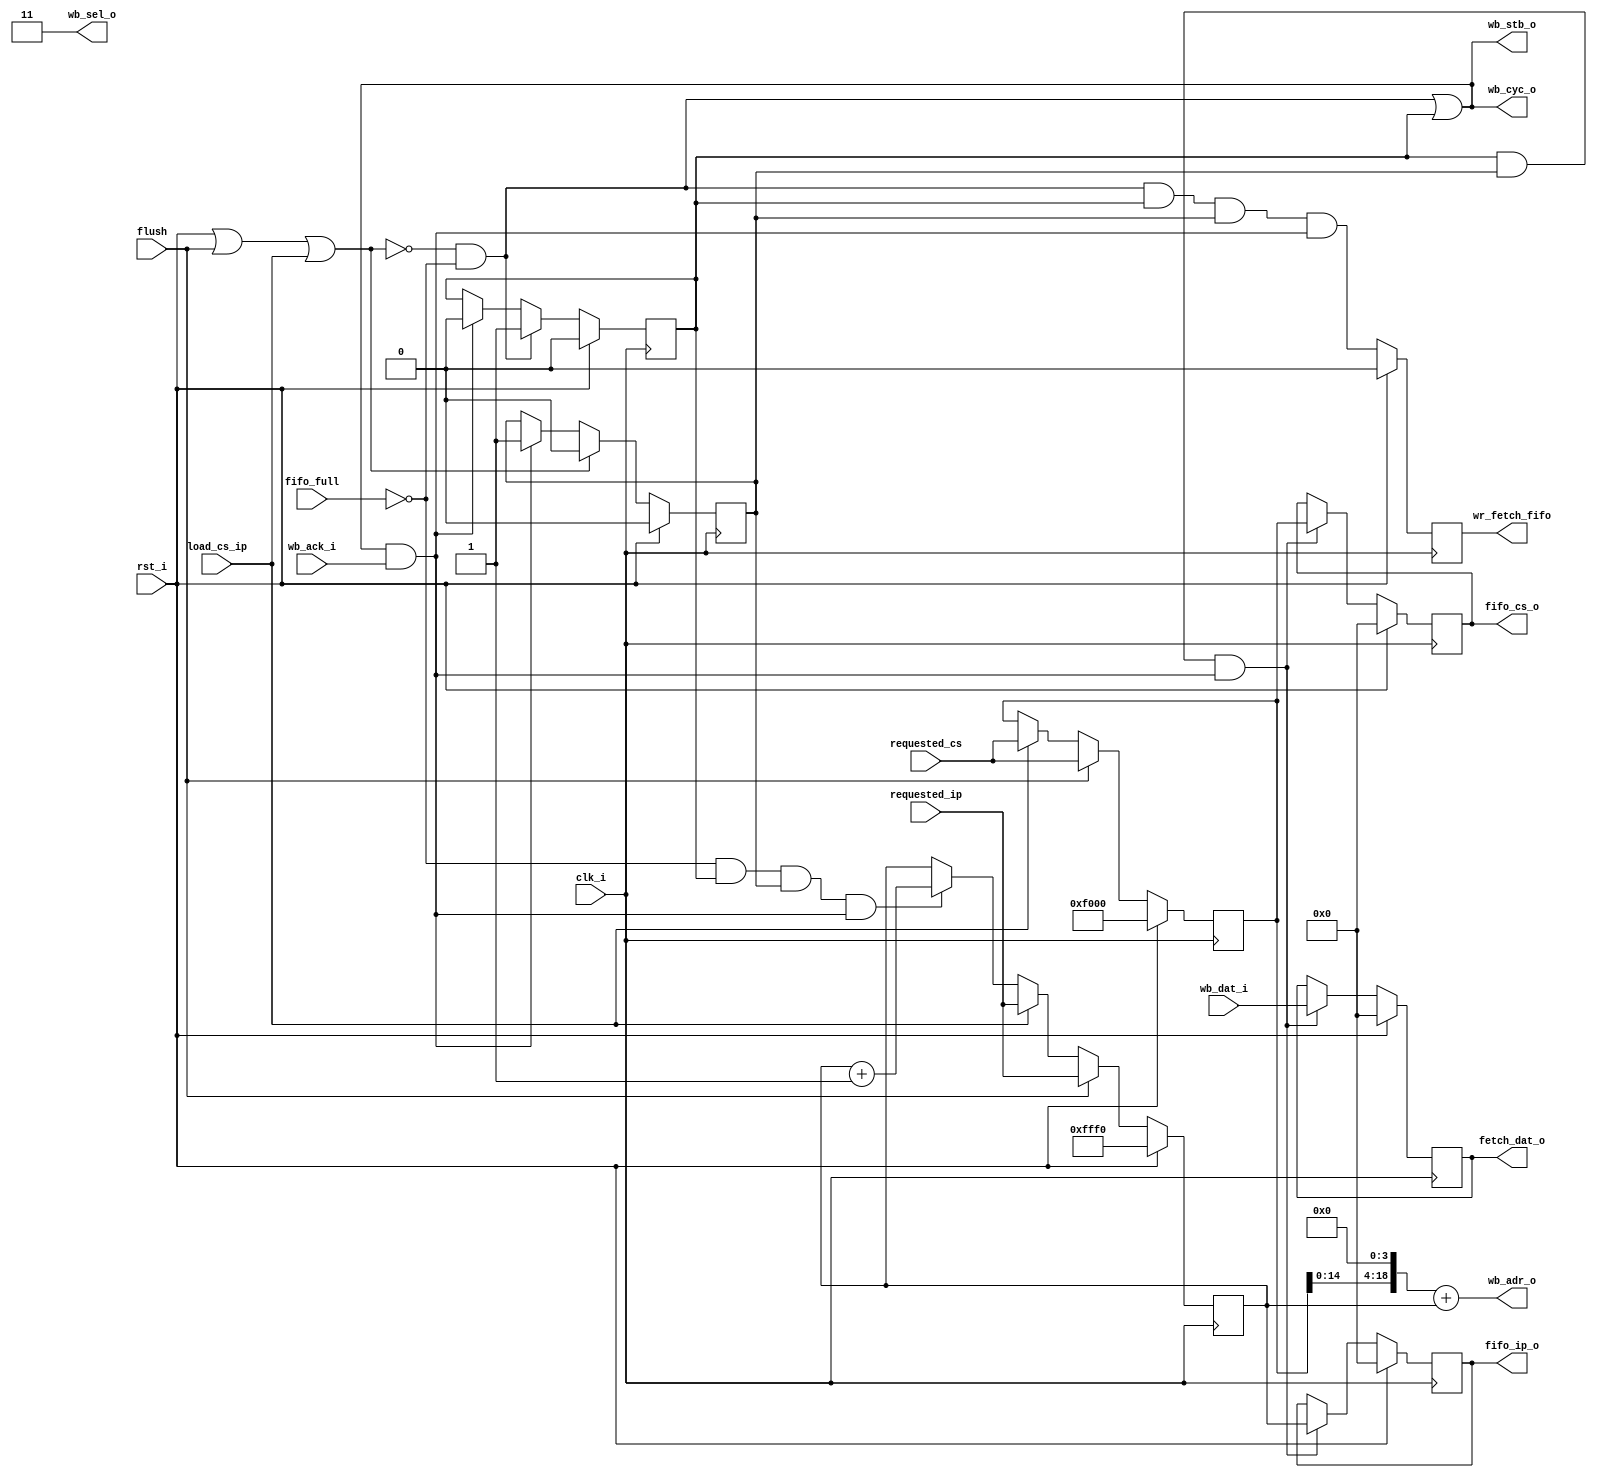
module zet_front_prefetch_wb (
  // Wishbone master signals
  input             clk_i,
  input             rst_i,

  input      [15:0] wb_dat_i,
  output     [19:1] wb_adr_o,
  output     [ 1:0] wb_sel_o,
  //output reg        wb_cyc_o,
  output            wb_cyc_o,
  //output reg        wb_stb_o,
  output            wb_stb_o,
  input             wb_ack_i,

  // Invalidate current fetch cycle
  input             flush,

  // Address stearing from back-end
  input             load_cs_ip,
  input      [15:0] requested_cs,
  input      [15:0] requested_ip,

  // Output to instruction fifo stage
  output reg [15:0] fifo_cs_o,
  //output     [15:0] fifo_cs_o,
  output reg [15:0] fifo_ip_o,
  //output       [15:0] fifo_ip_o,
  output reg [15:0] fetch_dat_o,
  //output     [15:0] fetch_dat_o,
  output reg        wr_fetch_fifo,
  //output            wr_fetch_fifo,
  input             fifo_full

);

// Registers and nets

wire abort_fetch;
wire stalled;
wire wb_cyc_complete;

reg valid_cyc;
reg wb_cyc;

reg [15:0] cs;
reg [15:0] ip;

// Continuous assignments

// The system reset, flush, load_cs_ip will cause fetch operations to be aborted
assign abort_fetch = rst_i || flush || load_cs_ip;

// The fifo_full signal will cause the fetch to be stalled
// Any other time, it should be ok to start another fetch cycle
assign stalled = fifo_full;

// Calculate address for wb_adr_o
assign wb_adr_o = (cs << 4) + ip;

// We are always fetching two bytes at a time
assign wb_sel_o = 2'b11;

// Wishbone cycle
assign wb_cyc_o = (!abort_fetch & !stalled) || wb_cyc;

// Wishbone strobe
assign wb_stb_o = (!abort_fetch & !stalled) || wb_cyc;

// This signals that a wishbone cycle has completed
assign wb_cyc_complete = wb_cyc_o & wb_stb_o & wb_ack_i;

// Pass wishbone data to fifo
//assign fetch_dat_o = wb_dat_i;
//assign fifo_cs_o = cs;
//assign fifo_ip_o = ip;

// Write fifo
//assign wr_fetch_fifo = valid_cyc;

// behaviour

// Is this an active wishbone cycle?
// Master devices MUST complete the wishbone cycle even if the request
// has been invalidated!!
always @(posedge clk_i)
  if (rst_i) wb_cyc <= 1'b0;
  else wb_cyc <= !abort_fetch & !stalled ? 1'b1
               : wb_cyc_complete ? 1'b0
               : wb_cyc;
  
// Does the wishbone cycle need to be invalidated?
// Master devices MUST complete the wishbone cycle even if the request
// has been invalidated!!
always @(posedge clk_i)
  if (rst_i) valid_cyc <= 1'b0;
  else valid_cyc <= abort_fetch ? 1'b0
                  : wb_cyc_complete ? 1'b1
                  : valid_cyc;

// cs and ip logic
always @(posedge clk_i)
  if (rst_i) begin
    cs <= 16'hf000;
    ip <= 16'hfff0;
  end
  else begin
    if (flush) begin
      cs <= requested_cs;
      ip <= requested_ip;
    end
    else if (load_cs_ip) begin
        cs <= requested_cs;
        ip <= requested_ip;
    end
    else if (!stalled & wb_cyc & valid_cyc & wb_cyc_complete)
        ip <= ip + 1; 
  end

// wb_cyc_o
// When a stall condition is encountered at or during wb cycle,
// follow through until wishbone cycle completes. This essentially forces one
// complete wb cycle before the abort fetch or stall condition is acknowledge.
//always @(posedge clk_i)
//  if (rst_i) wb_stb_o <= 1'b0;
//  else wb_cyc_o <= (!abort_fetch & !stalled) ? 1'b1 : (wb_cyc_complete ? 1'b0 : wb_cyc_o);

// wb_stb_o
// When a stall condition is encountered at or during wb strobe,
// follow through until wishbone cycle completes. This essentially forces one
// complete wb cycle before the stall condition is acknowledge.
//always @(posedge clk_i)
//  if (rst_i) wb_stb_o <= 1'b0;
//  else wb_stb_o <= (!abort_fetch & !stalled) ? 1'b1 : (wb_cyc_complete ? 1'b0 : wb_stb_o);

// Pass wishbone data to fifo
// We MUST hold the data if the fifo becomes full
always @(posedge clk_i)
  if (rst_i) begin
    fetch_dat_o <= 16'b0;
    fifo_cs_o  <= 16'b0;
    fifo_ip_o  <= 16'b0;
  end
  else if (wb_cyc & valid_cyc & wb_cyc_complete) begin
    fetch_dat_o <= wb_dat_i;
    fifo_cs_o  <= cs;
    fifo_ip_o  <= ip;
  end

// write fifo
always @(posedge clk_i)
  if (rst_i) wr_fetch_fifo <= 1'b0;
  else wr_fetch_fifo <= !abort_fetch & !stalled & wb_cyc & valid_cyc & wb_cyc_complete;

endmodule